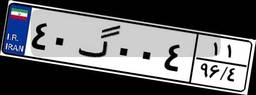
۴۰گ۰۰۴۱۱